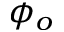
\phi _ { o }